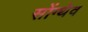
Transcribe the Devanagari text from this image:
सोंग्थेव